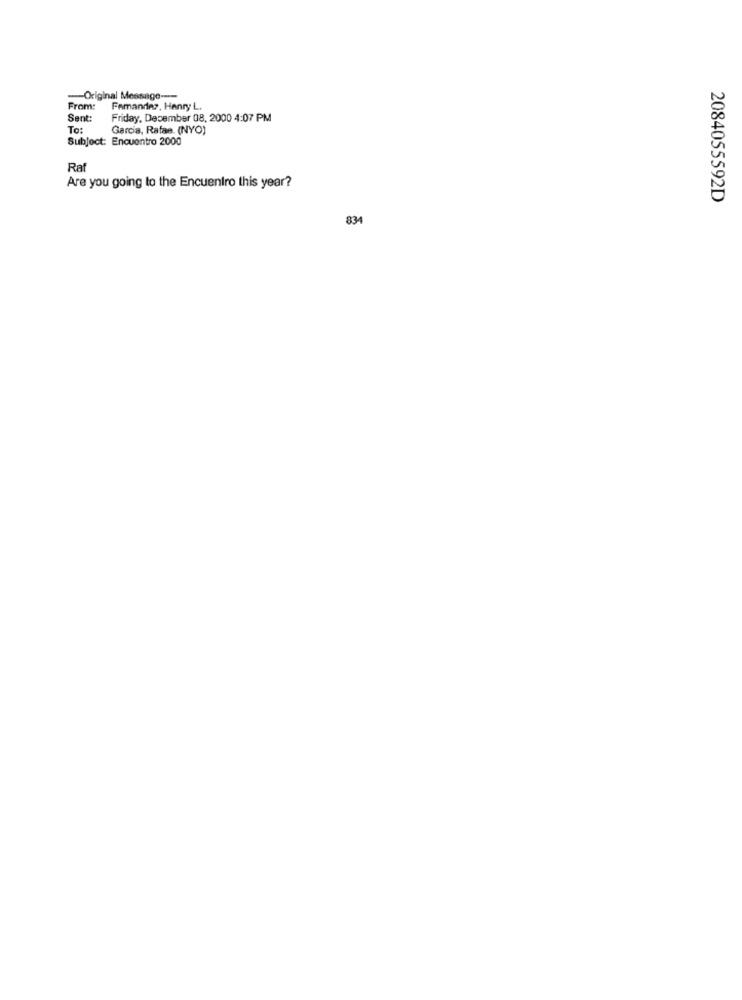
-Original Message ----
From:
Femandez, Henry L.
Sent
Friday, December 08, 2000 4:07 PM
To:
Garcia, Rafae. (NYO)
Subject: Encuentro 2000
Raf
Are you going to the Encuentro this year?
2084055592D
834